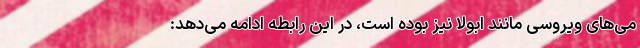
می‌های ویروسی مانند ابولا نیز بوده است، در این رابطه ادامه می‌دهد: